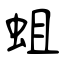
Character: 蛆